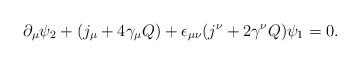
LaTeX: \begin{align*}\partial_\mu\psi_2+(j_\mu+4\gamma_\mu Q)+\epsilon_{\mu\nu}(j^\nu+2\gamma^\nu Q)\psi_1=0.\end{align*}